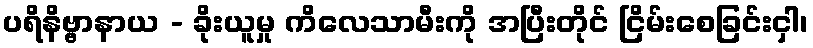
ပရိနိဗ္ဗာနာယ - ခိုးယူမှု ကိလေသာမီးကို အပြီးတိုင် ငြိမ်းစေခြင်းငှါ၊